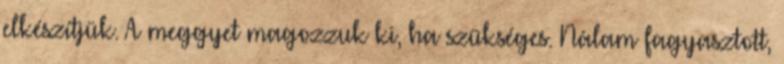
elkészítjük. A meggyet magozzuk ki, ha szükséges. Nálam fagyasztott,